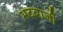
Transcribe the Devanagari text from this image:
भटबाजी